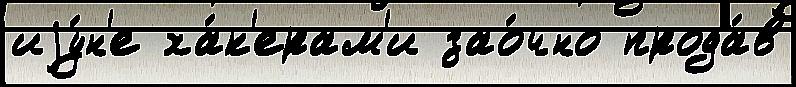
иjу́н'е ха́к'ерам'и зао́чно прода́в